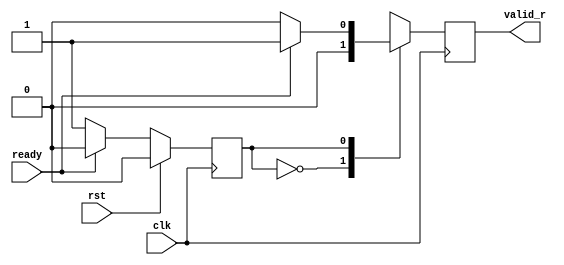
`timescale 1ns / 1ps
//////////////////////////////////////////////////////////////////////////////////
// Company: 
// 
// Design Name:   
// Module Name:    valid_gen 
// Project Name:   
// Target Devices: 
// Tool versions: 
// Description:    This modules generates a pulse everytime a byte is incoming 
//                         from serial line
//
// Dependencies: 
//
// Revision: 
// Revision 0.01 - File Created
// Additional Comments: 
//
//////////////////////////////////////////////////////////////////////////////////
module valid_gen(clk, rst, ready, valid_r);

    parameter IDLE=0, WAIT=1;

    input clk;
    input rst;
    input ready;

    output reg valid_r;

    reg cs, ns;
    reg valid;

    always @(posedge clk)
        if (rst)
            cs <= IDLE;
        else
            cs <= ns;
        
    always @(cs, ready)
        case (cs)
            IDLE    :   if (~ready) 
                            begin ns = WAIT; valid = 0; end
                        else
                            begin ns = IDLE; valid = 0; end
            
            WAIT    :   if (~ready) 
                            begin ns = WAIT; valid = 0; end
                        else
                            begin ns = IDLE; valid = 1; end
                                
            default :   begin ns = WAIT; valid = 0; end
        endcase

    // Output registred
    always @(posedge clk)
        valid_r <= valid;

endmodule